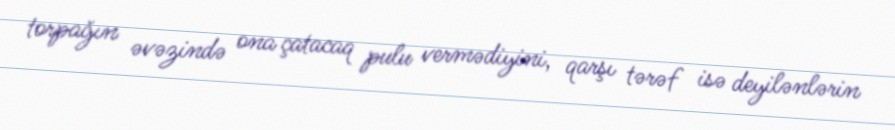
torpağın əvəzində ona çatacaq pulu vermədiyini, qarşı tərəf isə deyilənlərin